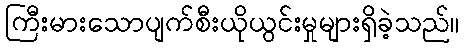
ကြီးမားသောပျက်စီးယိုယွင်းမှုများရှိခဲ့သည်။